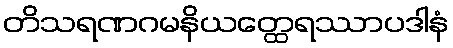
တိသရဏဂမနိယတ္ထေရဿာပဒါနံ